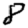
Digit: 8